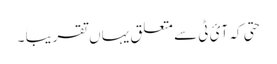
حتیَ کہ آئ ٹی سے متعلق یہاں تقریباََ ۔